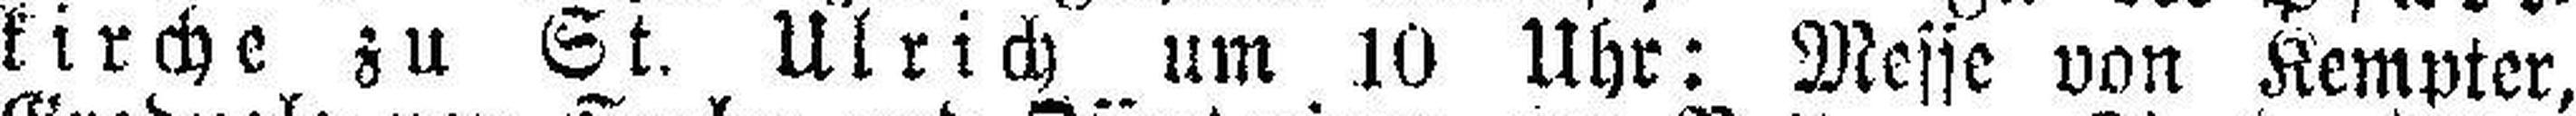
kirche zu St. Ulrich um 10 Uhr: Messe von Kempter,